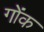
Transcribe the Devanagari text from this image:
गोंक